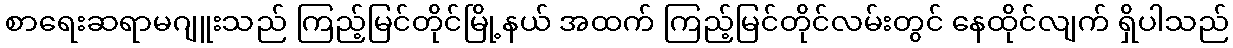
စာရေးဆရာမဂျူးသည် ကြည့်မြင်တိုင်မြို့နယ် အထက် ကြည့်မြင်တိုင်လမ်းတွင် နေထိုင်လျက် ရှိပါသည်